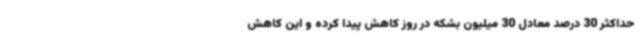
حداکثر 30 درصد معادل 30 میلیون بشکه در روز کاهش پیدا کرده و این کاهش